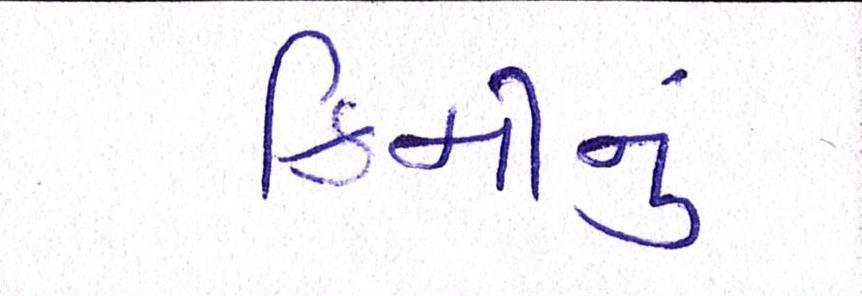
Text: કિમીનું